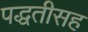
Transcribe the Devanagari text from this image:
पद्धतीसह